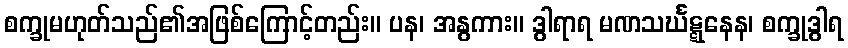
စက္ခုမဟုတ်သည်၏အဖြစ်ကြောင့်တည်း။ ပန၊ အနွကား။ ဒွါရာရ မဏသင်္ဃဋ္ဋနေန၊ စက္ခုဒွါရ